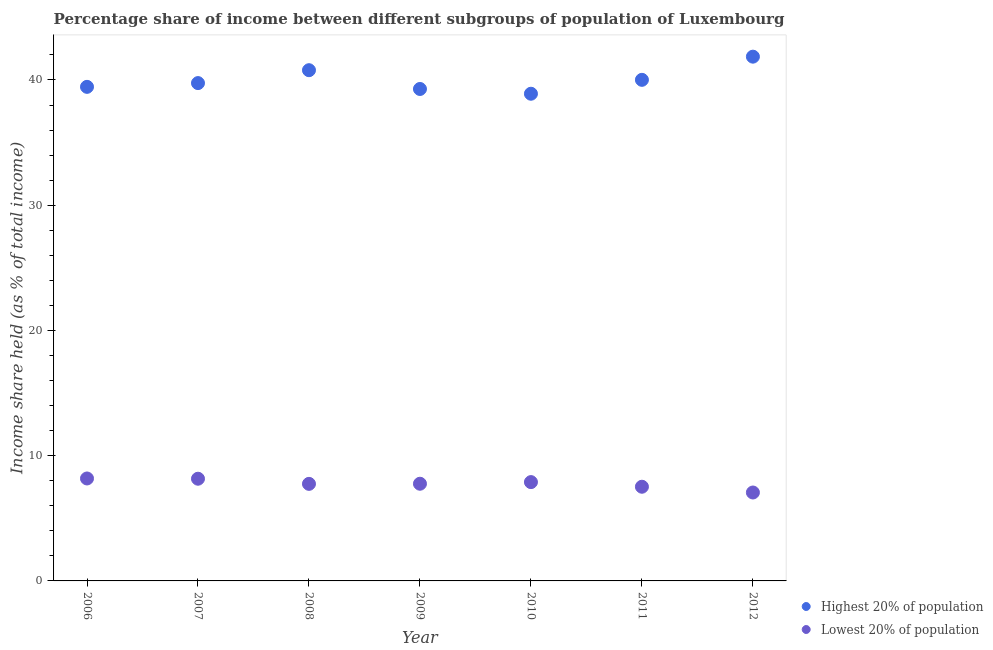
| Year | Highest 20% of population | Lowest 20% of population |
 | --- | --- | --- |
 | 2006 | 39.5 | 8.18 |
 | 2007 | 39.8 | 8.16 |
 | 2008 | 40.8 | 7.75 |
 | 2009 | 39.3 | 7.76 |
 | 2010 | 38.9 | 7.89 |
 | 2011 | 40 | 7.52 |
 | 2012 | 41.9 | 7.06 |